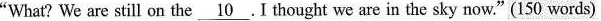
"What? We are still on the \underline{10}.I thought we are in the sky now."(150 words)